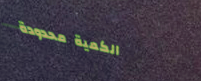
الكمية محدودة